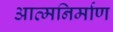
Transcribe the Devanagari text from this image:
आत्मनिर्माण